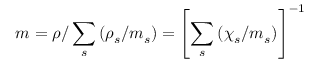
m = \rho / \sum _ { s } \left( \rho _ { s } / m _ { s } \right) = \left[ \sum _ { s } \left( \chi _ { s } / m _ { s } \right) \right] ^ { - 1 }